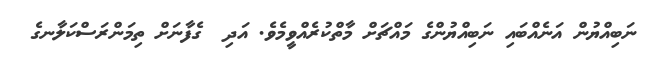
ނަބިއްޔުން އަނެއްބައި ނަބިއްޔުންގެ މައްޗަށް މާތްކުރެއްވީމެވެ. އަދި  ގެފާނަށް ތިމަންރަސްކަލާނގެ